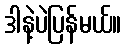
ဒါနဲ့ပဲပြန်မယ်။